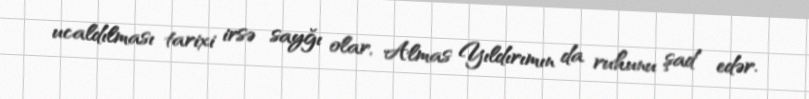
ucaldılması tarixi irsə sayğı olar, Almas Yıldırımın da ruhunu şad edər.